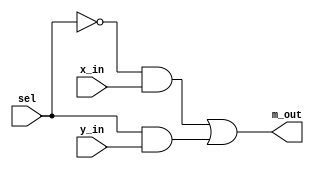
module two_by_one_mux(m_out,x_in,y_in,sel);
    output m_out;
    input x_in,y_in,sel;
    wire s_not,m1,m2;
    not s1(s_not,sel);
    and and1(m1,s_not,x_in);
    and and2(m2,sel,y_in);
    or or1(m_out,m1,m2);
endmodule